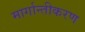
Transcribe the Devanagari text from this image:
मार्गान्तीकरण